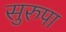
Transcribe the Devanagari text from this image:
सुरुपा